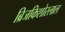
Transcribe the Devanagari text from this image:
ब्रिजकिशोरलाल